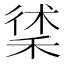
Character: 𥟲